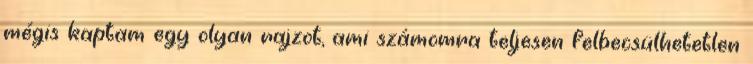
mégis kaptam egy olyan rajzot, ami számomra teljesen felbecsülhetetlen